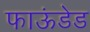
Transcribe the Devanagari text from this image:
फाऊंडेड